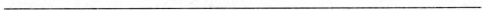
___